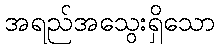
အရည်အသွေးရှိသော